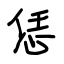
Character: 恁